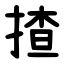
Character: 揸